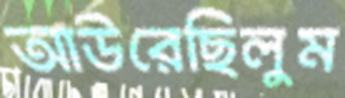
আউরেছিলুম